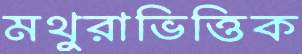
মথুরাভিত্তিক